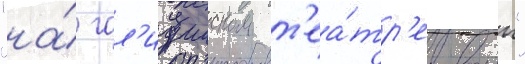
"на́ гал'ицииском т'еа́тр'е воины"